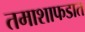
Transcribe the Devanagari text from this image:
तमाशाफडात